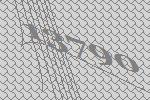
13790